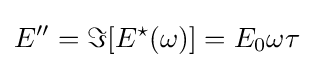
E^{\prime \prime }=\Im [E^{\star }(\omega )]=E_{0}\omega \tau